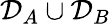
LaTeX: \mathcal{D}_{A}\cup\mathcal{D}_{B}